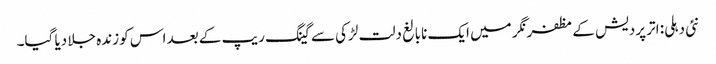
نئی دہلی: اتر پردیش کے مظفرنگر میں ایک نابالغ دلت لڑکی سے گینگ ریپ کے بعد اس کو زندہ جلا دیا گیا۔